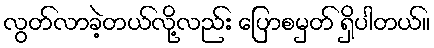
လွတ်လာခဲ့တယ်လို့လည်း ပြောစမှတ် ရှိပါတယ်။